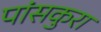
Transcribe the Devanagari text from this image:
पांसकुरा